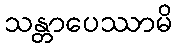
သန္တာပေဿာမိ